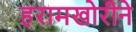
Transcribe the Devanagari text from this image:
हरामखोरीने